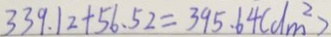
3 3 9 . 1 2 + 5 6 . 5 2 = 3 9 5 . 6 4 ( d m ^ { 2 } )